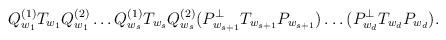
LaTeX: \begin{align*}Q_{w_1}^{(1)} T_{w_1} Q_{w_1}^{(2)} \ldots Q_{w_s}^{(1)} T_{w_s} Q_{w_s}^{(2)} (P_{w_{s+1} }^\perp T_{w_{s+1}} P_{w_{s+1} }) \ldots (P_{w_{d} }^\perp T_{w_{d}} P_{w_{d} }).\end{align*}